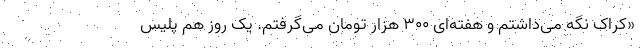
«کراک نگه می‌داشتم و هفته‌ای ۳۰۰ هزار تومان می‌گرفتم. یک روز هم پلیس